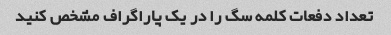
تعداد دفعات کلمه سگ را در یک پاراگراف مشخص کنید